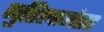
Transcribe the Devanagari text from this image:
गुहिलानंतर